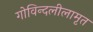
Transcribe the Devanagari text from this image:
गोविन्दलीलामृत